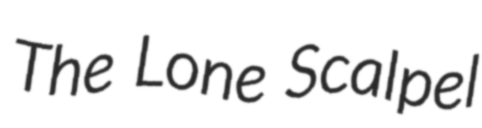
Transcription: The Lone Scalpel